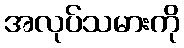
အလုပ်သမားကို